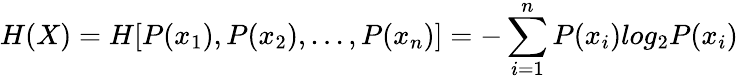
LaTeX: H(X)=H[P(x_{1}),P(x_{2}),...,P(x_{n})]=-\sum_{i=1}^{n}P(x_{i})log_{2}P(x_{i})